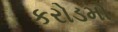
કરોડમો